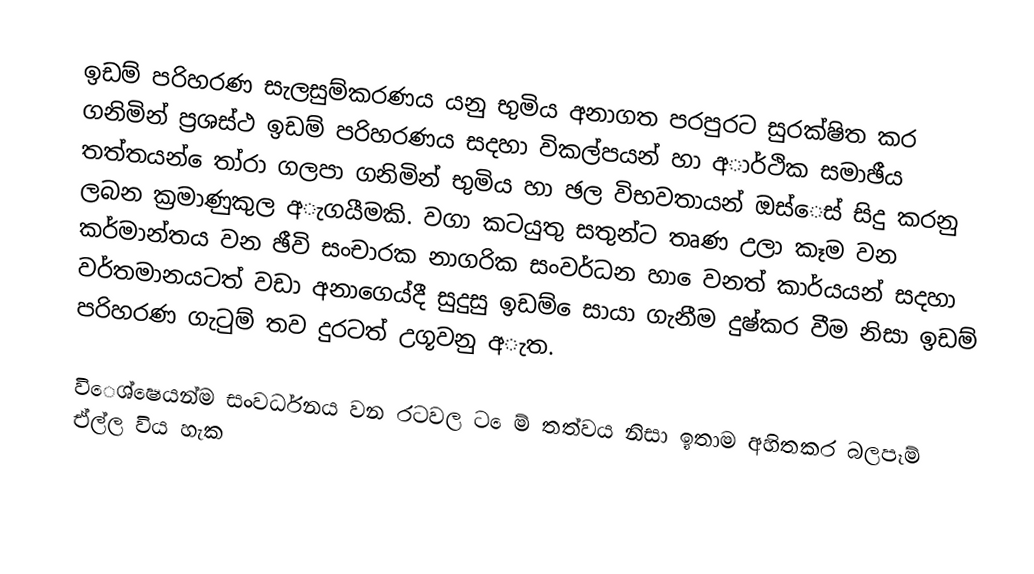
ඉඩම් පරිහරණ සැලසුම්කරණය යනු භුමිය අනාගත පරපුරට සුරක්ෂිත කර ගනිමින් ප්‍රශස්ථ ඉඩම් පරිහරණය සදහා විකල්පයන් හා අාර්ථික සමාඡීය තත්තයන් ෙතා්රා ගලපා ගනිමින් භුමිය හා ඡල විභවතායන් ඔස්ෙස් සිදු කරනු ලබන ක්‍රමාණුකුල අැගයීමකි. වගා කටයුතු  සතුන්ට තෘණ උලා කෑම වන කර්මාන්තය වන ඡීවි සංචාරක නාගරික සංවර්ධන හා ෙවනත් කාර්යයන් සදහා වර්තමානයටත් වඩා අනාගෙය්දී සුදුසු ඉඩම් ෙසායා ගැනීම දුෂ්කර වීම නිසා ඉඩම් පරිහරණ ගැටුම් තව දුරටත් උගූවනු අැත.

විෙශ්ෂෙයන්ම සංවර්ධනය වන රටවල ට ෙම් තත්වය නිසා ඉතාම අහිතකර බලපෑම් ඒල්ල විය හැක